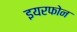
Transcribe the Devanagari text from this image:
इयरफोन